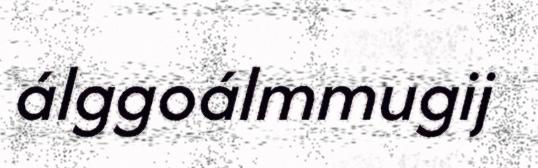
álggoálmmugij